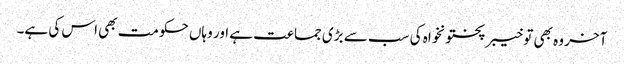
آخر وہ بھی تو خیبر پختونخواہ کی سب سے بڑی جماعت ہے اور وہاں حکومت بھی اس کی ہے۔